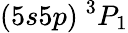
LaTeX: (5s5p)~^{3}P_{1}